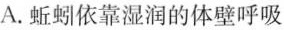
A.蚯蚓依靠湿润的体壁呼吸